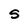
Character: S